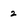
Character: 2